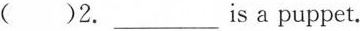
( )2. ___ is a puppet.